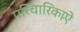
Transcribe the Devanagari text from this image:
परिचारिकाऐं